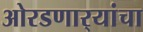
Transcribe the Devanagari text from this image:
ओरडणार्‍यांचा